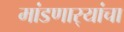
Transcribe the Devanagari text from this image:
मांडणार्‍यांचा